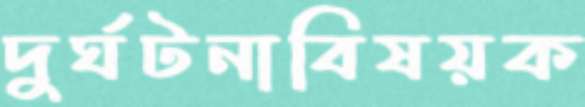
দুর্ঘটনাবিষয়ক